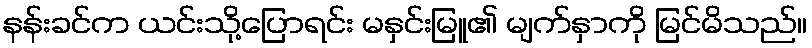
နန်းခင်က ယင်းသို့ပြောရင်း မနှင်းမြူ၏ မျက်နှာကို မြင်မိသည်။